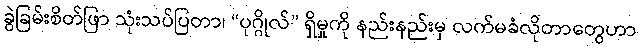
ခွဲခြမ်းစိတ်ဖြာ သုံးသပ်ပြတာ၊ “ပုဂ္ဂိုလ်” ရှိမှုကို နည်းနည်းမှ လက်မခံလိုတာတွေဟာ